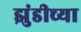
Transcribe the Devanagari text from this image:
झुंडीच्या